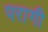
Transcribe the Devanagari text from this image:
परागी